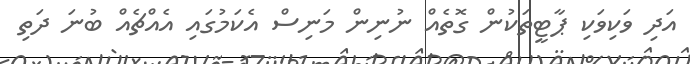
އަދި ވަކިވަކި ޕާޓީތަކުން ގޮތެއް ނުނިން މަނިސް އެކަމުގައި އެއްޗެއް ބުނަ ދަތި